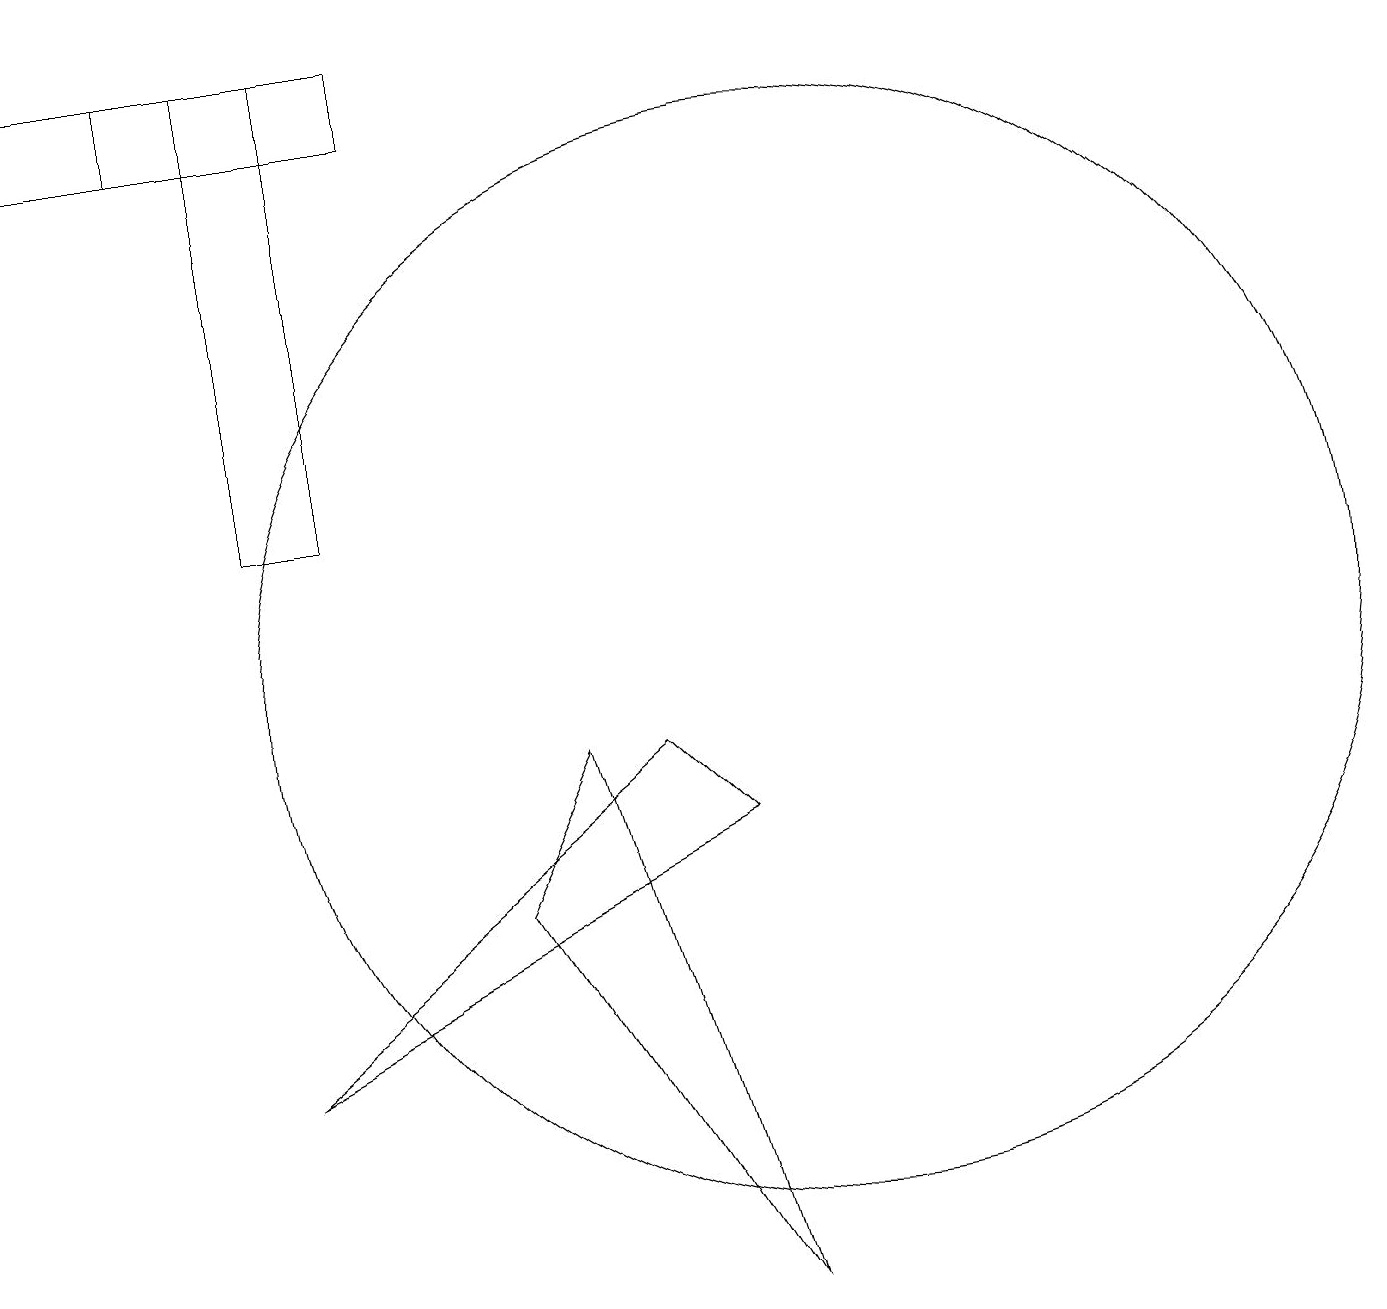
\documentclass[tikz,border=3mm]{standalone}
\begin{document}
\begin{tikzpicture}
\draw (7,9) -- (9,2) -- (6,7) -- cycle;
\draw (9,8) -- (3,5) -- (8,9) -- cycle;
\draw (0,18) rectangle (3,17);
\draw (3,12) rectangle (4,18);
\draw (5,18) rectangle (2,17);
\draw (10,10) circle (7);
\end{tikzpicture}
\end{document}